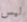
ليس